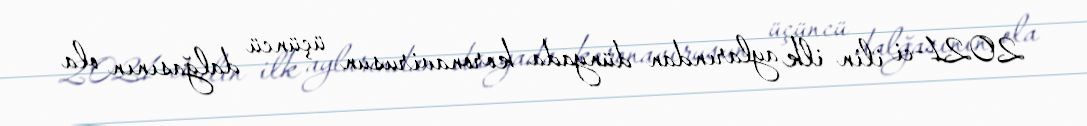
2021-ci ilin ilk aylarından dünyada koronavirusun üçüncü dalğasının ola